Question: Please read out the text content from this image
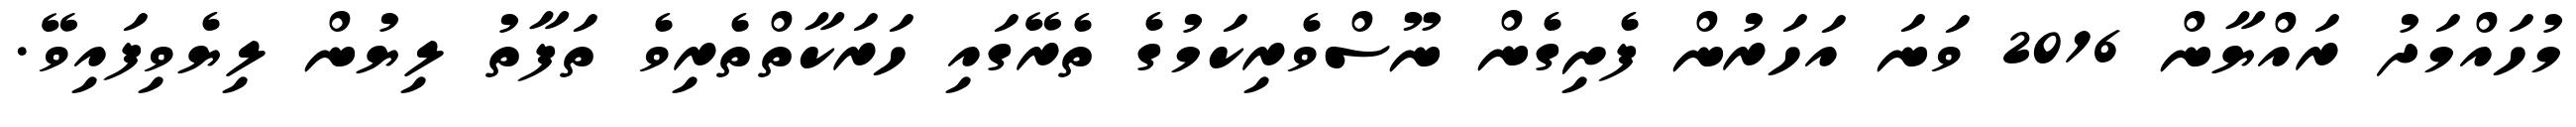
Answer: މުހައްމަދު ރައްޔާން 2016 ވަނަ އަހަރުން ފެށިގެން ނޫސްވެރިކަމުގެ ތެރޭގައި ހަރަކާތްތެރިވެ ތަފާތު ލިޔުން ލިޔެވިފައިވޭ.